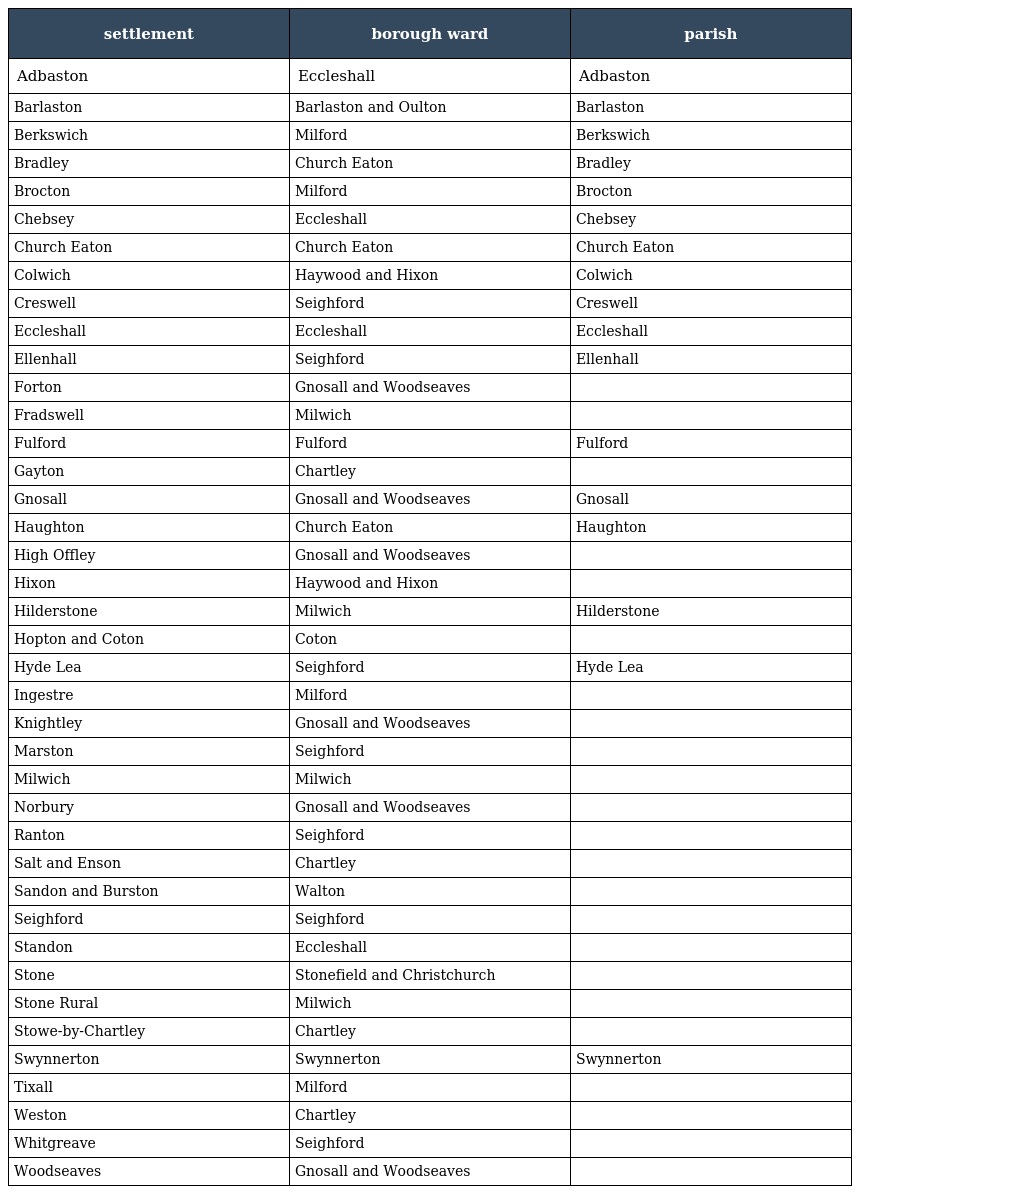
| settlement | borough ward | parish |
 | --- | --- | --- |
 | Adbaston | Eccleshall | Adbaston |
 | Barlaston | Barlaston and Oulton | Barlaston |
 | Berkswich | Milford | Berkswich |
 | Bradley | Church Eaton | Bradley |
 | Brocton | Milford | Brocton |
 | Chebsey | Eccleshall | Chebsey |
 | Church Eaton | Church Eaton | Church Eaton |
 | Colwich | Haywood and Hixon | Colwich |
 | Creswell | Seighford | Creswell |
 | Eccleshall | Eccleshall | Eccleshall |
 | Ellenhall | Seighford | Ellenhall |
 | Forton | Gnosall and Woodseaves |  |
 | Fradswell | Milwich |  |
 | Fulford | Fulford | Fulford |
 | Gayton | Chartley |  |
 | Gnosall | Gnosall and Woodseaves | Gnosall |
 | Haughton | Church Eaton | Haughton |
 | High Offley | Gnosall and Woodseaves |  |
 | Hixon | Haywood and Hixon |  |
 | Hilderstone | Milwich | Hilderstone |
 | Hopton and Coton | Coton |  |
 | Hyde Lea | Seighford | Hyde Lea |
 | Ingestre | Milford |  |
 | Knightley | Gnosall and Woodseaves |  |
 | Marston | Seighford |  |
 | Milwich | Milwich |  |
 | Norbury | Gnosall and Woodseaves |  |
 | Ranton | Seighford |  |
 | Salt and Enson | Chartley |  |
 | Sandon and Burston | Walton |  |
 | Seighford | Seighford |  |
 | Standon | Eccleshall |  |
 | Stone | Stonefield and Christchurch |  |
 | Stone Rural | Milwich |  |
 | Stowe-by-Chartley | Chartley |  |
 | Swynnerton | Swynnerton | Swynnerton |
 | Tixall | Milford |  |
 | Weston | Chartley |  |
 | Whitgreave | Seighford |  |
 | Woodseaves | Gnosall and Woodseaves |  |